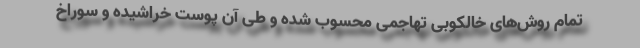
تمام روش‌های خالکوبی تهاجمی محسوب شده و طی آن پوست خراشیده و سوراخ